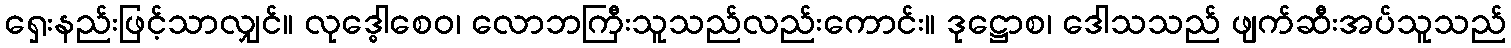
ရှေးနည်းဖြင့်သာလျှင်။ လုဒ္ဓေါစေဝ၊ လောဘကြီးသူသည်လည်းကောင်း။ ဒုဋ္ဌောစ၊ ဒေါသသည် ဖျက်ဆီးအပ်သူသည်